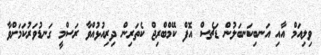
ވިލިއަމް އާއި އަނބިކަނބަލުން ޑަޗެސް އޮފް ކޭމްބްރިޖް ކެތަރިން ދިރިއުޅުއްވާ ރަސްމީ ގަނޑުވަރުކަމަށްވާ